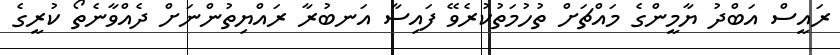
ރައީސް އަބްދު ޔާމީންގެ މައްޗަށް ތުހުމަތުކުރެވޭ ފައިސާ އަނބުރާ ރައްޔިތުންނަށް ދެއްވާނެތޯ ކުރީގެ